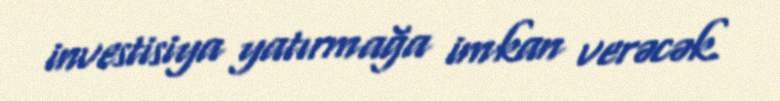
investisiya yatırmağa imkan verəcək.